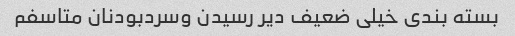
بسته بندی خیلی ضعیف دیر رسیدن وسردبودنان متاسفم